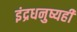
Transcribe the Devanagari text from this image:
इंद्रधनुष्यही